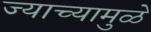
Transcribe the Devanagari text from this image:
ज्याच्यामुळे